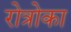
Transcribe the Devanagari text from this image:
रोत्रोका